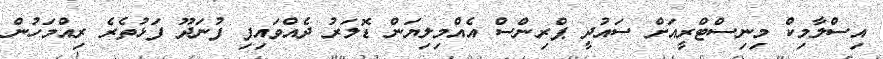
އިސްލާމިކް މިނިސްޓްރީއަށް ސައުދީ ޕްރިންސް އެއްމިލިޔަން ޑޮލަރު ދެއްވައިފި ފުނަދޫ ފަޅުތެރެ ރިއްމަހުން